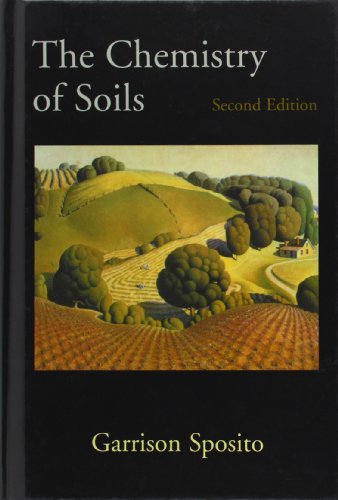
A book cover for The Chemistry of Soils; Garrison Sposito; Science & Math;